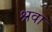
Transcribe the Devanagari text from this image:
श्रवा